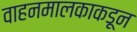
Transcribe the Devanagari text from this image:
वाहनमालकाकडून